Indian journal of veterinary science and animal husbandry - Volume 2,
Year: 1932
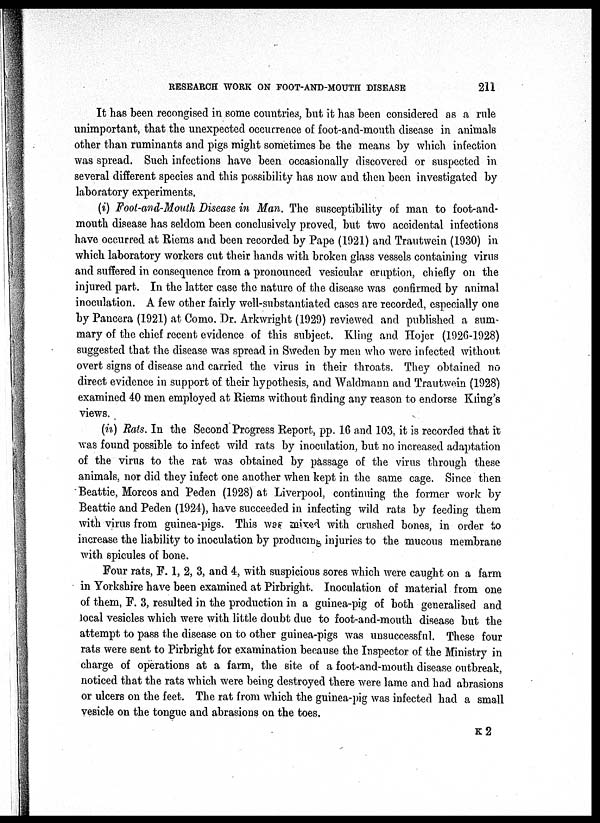
RESEARCH WORK ON FOOT-AND-MOUTH
DISEASE
211
It has been recongised in some countries, but it has been considered as a rule
unimportant, that the unexpected occurrence of foot-and-mouth disease in animals
other than ruminants and pigs might sometimes be the means by which infection
was spread. Such infections have been occasionally discovered or suspected in
several different species and this possibility has now and then been investigated by
laboratory experiments.
(i) Foot-and-Mouth Disease in Man. The susceptibility of man to foot-and-
mouth disease has seldom been conclusively proved, but two accidental infections
have occurred at Riems and been recorded by Pape (1921) and Trautwein (1930) in
which laboratory workers cut their hands with broken glass vessels containing virus
and suffered in consequence from a pronounced vesicular eruption, chiefly on the
injured part. In the latter case the nature of the disease was confirmed by animal
inoculation. A few other fairly well-substantiated cases are recorded, especially one
by Pancera (1921) at Como. Dr. Arkwright (1929) reviewed and published a sum-
mary of the chief recent evidence of this subject. Kling and Hojer (1926-1928)
suggested that the disease was spread in Sweden by men who were infected without
overt signs of disease and carried the virus in their throats. They obtained no
direct evidence in support of their hypothesis, and Waldmann and Trautwein (1928)
examined 40 men employed at Riems without finding any reason to endorse Kling's
views.
(ii) Rats. In the Second Progress Report, pp. 16 and 103, it is recorded that it
was found possible to infect wild rats by inoculation, but no increased adaptation
of the virus to the rat was obtained by passage of the virus through these
animals, nor did they infect one another when kept in the same cage. Since then
Beattie, Morcos and Peden (1928) at Liverpool, continuing the former work by
Beattie and Peden (1924), have succeeded in infecting wild rats by feeding them
with virus from guinea-pigs. This was mixed with crushed bones, in order to
increase the liability to inoculation by producing injuries to the mucous membrane
with spicules of bone.
Four rats, F. 1, 2, 3, and 4, with suspicious sores which were caught on a farm
in Yorkshire have been examined at Pirbright. Inoculation of material from one
of them, F. 3, resulted in the production in a guinea-pig of both generalised and
local vesicles which were with little doubt due to foot-and-mouth disease but the
attempt to pass the disease on to other guinea-pigs was unsuccessful. These four
rats were sent to Pirbright for examination because the Inspector of the Ministry in
charge of operations at a farm, the site of a foot-and-mouth disease outbreak,
noticed that the rats which were being destroyed there were lame and had abrasions
or ulcers on the feet. The rat from which the guinea-pig was infected had a small
vesicle on the tongue and abrasions on the toes.
K 2